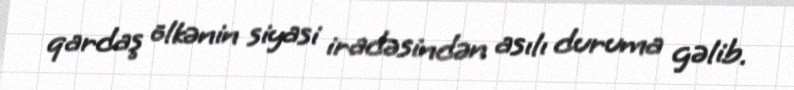
qardaş ölkənin siyasi iradəsindən asılı duruma gəlib.